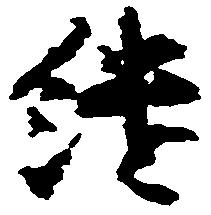
継